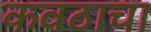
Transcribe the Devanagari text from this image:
कवठाचा